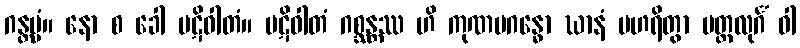
ဂန္တဗ္ဗံ။ နော စ ခေါ ပဋိဝါတံ။ ပဋိဝါတံ ဂစ္ဆန္တဿ ဟိ ကုဏပဂန္ဓော ဃာနံ ပဟရိတွာ မတ္ထလုင်္ဂံ ဝါ